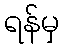
ရန်မှ